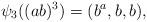
LaTeX: \begin{align*}\psi_3((ab)^3)=(b^a, b, b),\end{align*}